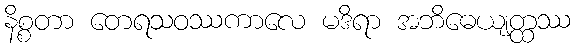
နိစ္စတာ တေရသဝဿကာလေ မဒိရာ အဘိဓေယျတ္ထဿ